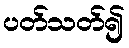
ပတ်သတ်၍